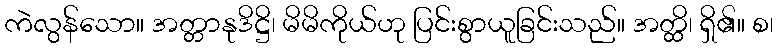
ကဲလွန်သော။ အတ္တာနုဒိဋ္ဌိ၊ မိမိကိုယ်ဟု ပြင်းစွာယူခြင်းသည်။ အတ္ထိ၊ ရှိ၏။ စ၊